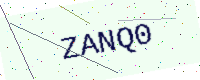
Text: ZANQ0